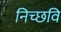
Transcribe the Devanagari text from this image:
निच्छवि